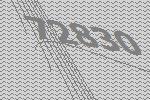
72830